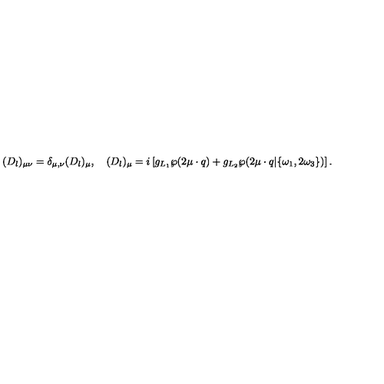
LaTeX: ( D _ { l } ) _ { \mu \nu } = \delta _ { \mu , \nu } ( D _ { l } ) _ { \mu } , \quad ( D _ { l } ) _ { \mu } = i \left[ g _ { L _ { 1 } } \wp ( 2 \mu \cdot q ) + g _ { L _ { 2 } } \wp ( 2 \mu \cdot q | \{ \omega _ { 1 } , 2 \omega _ { 3 } \} ) \right] .